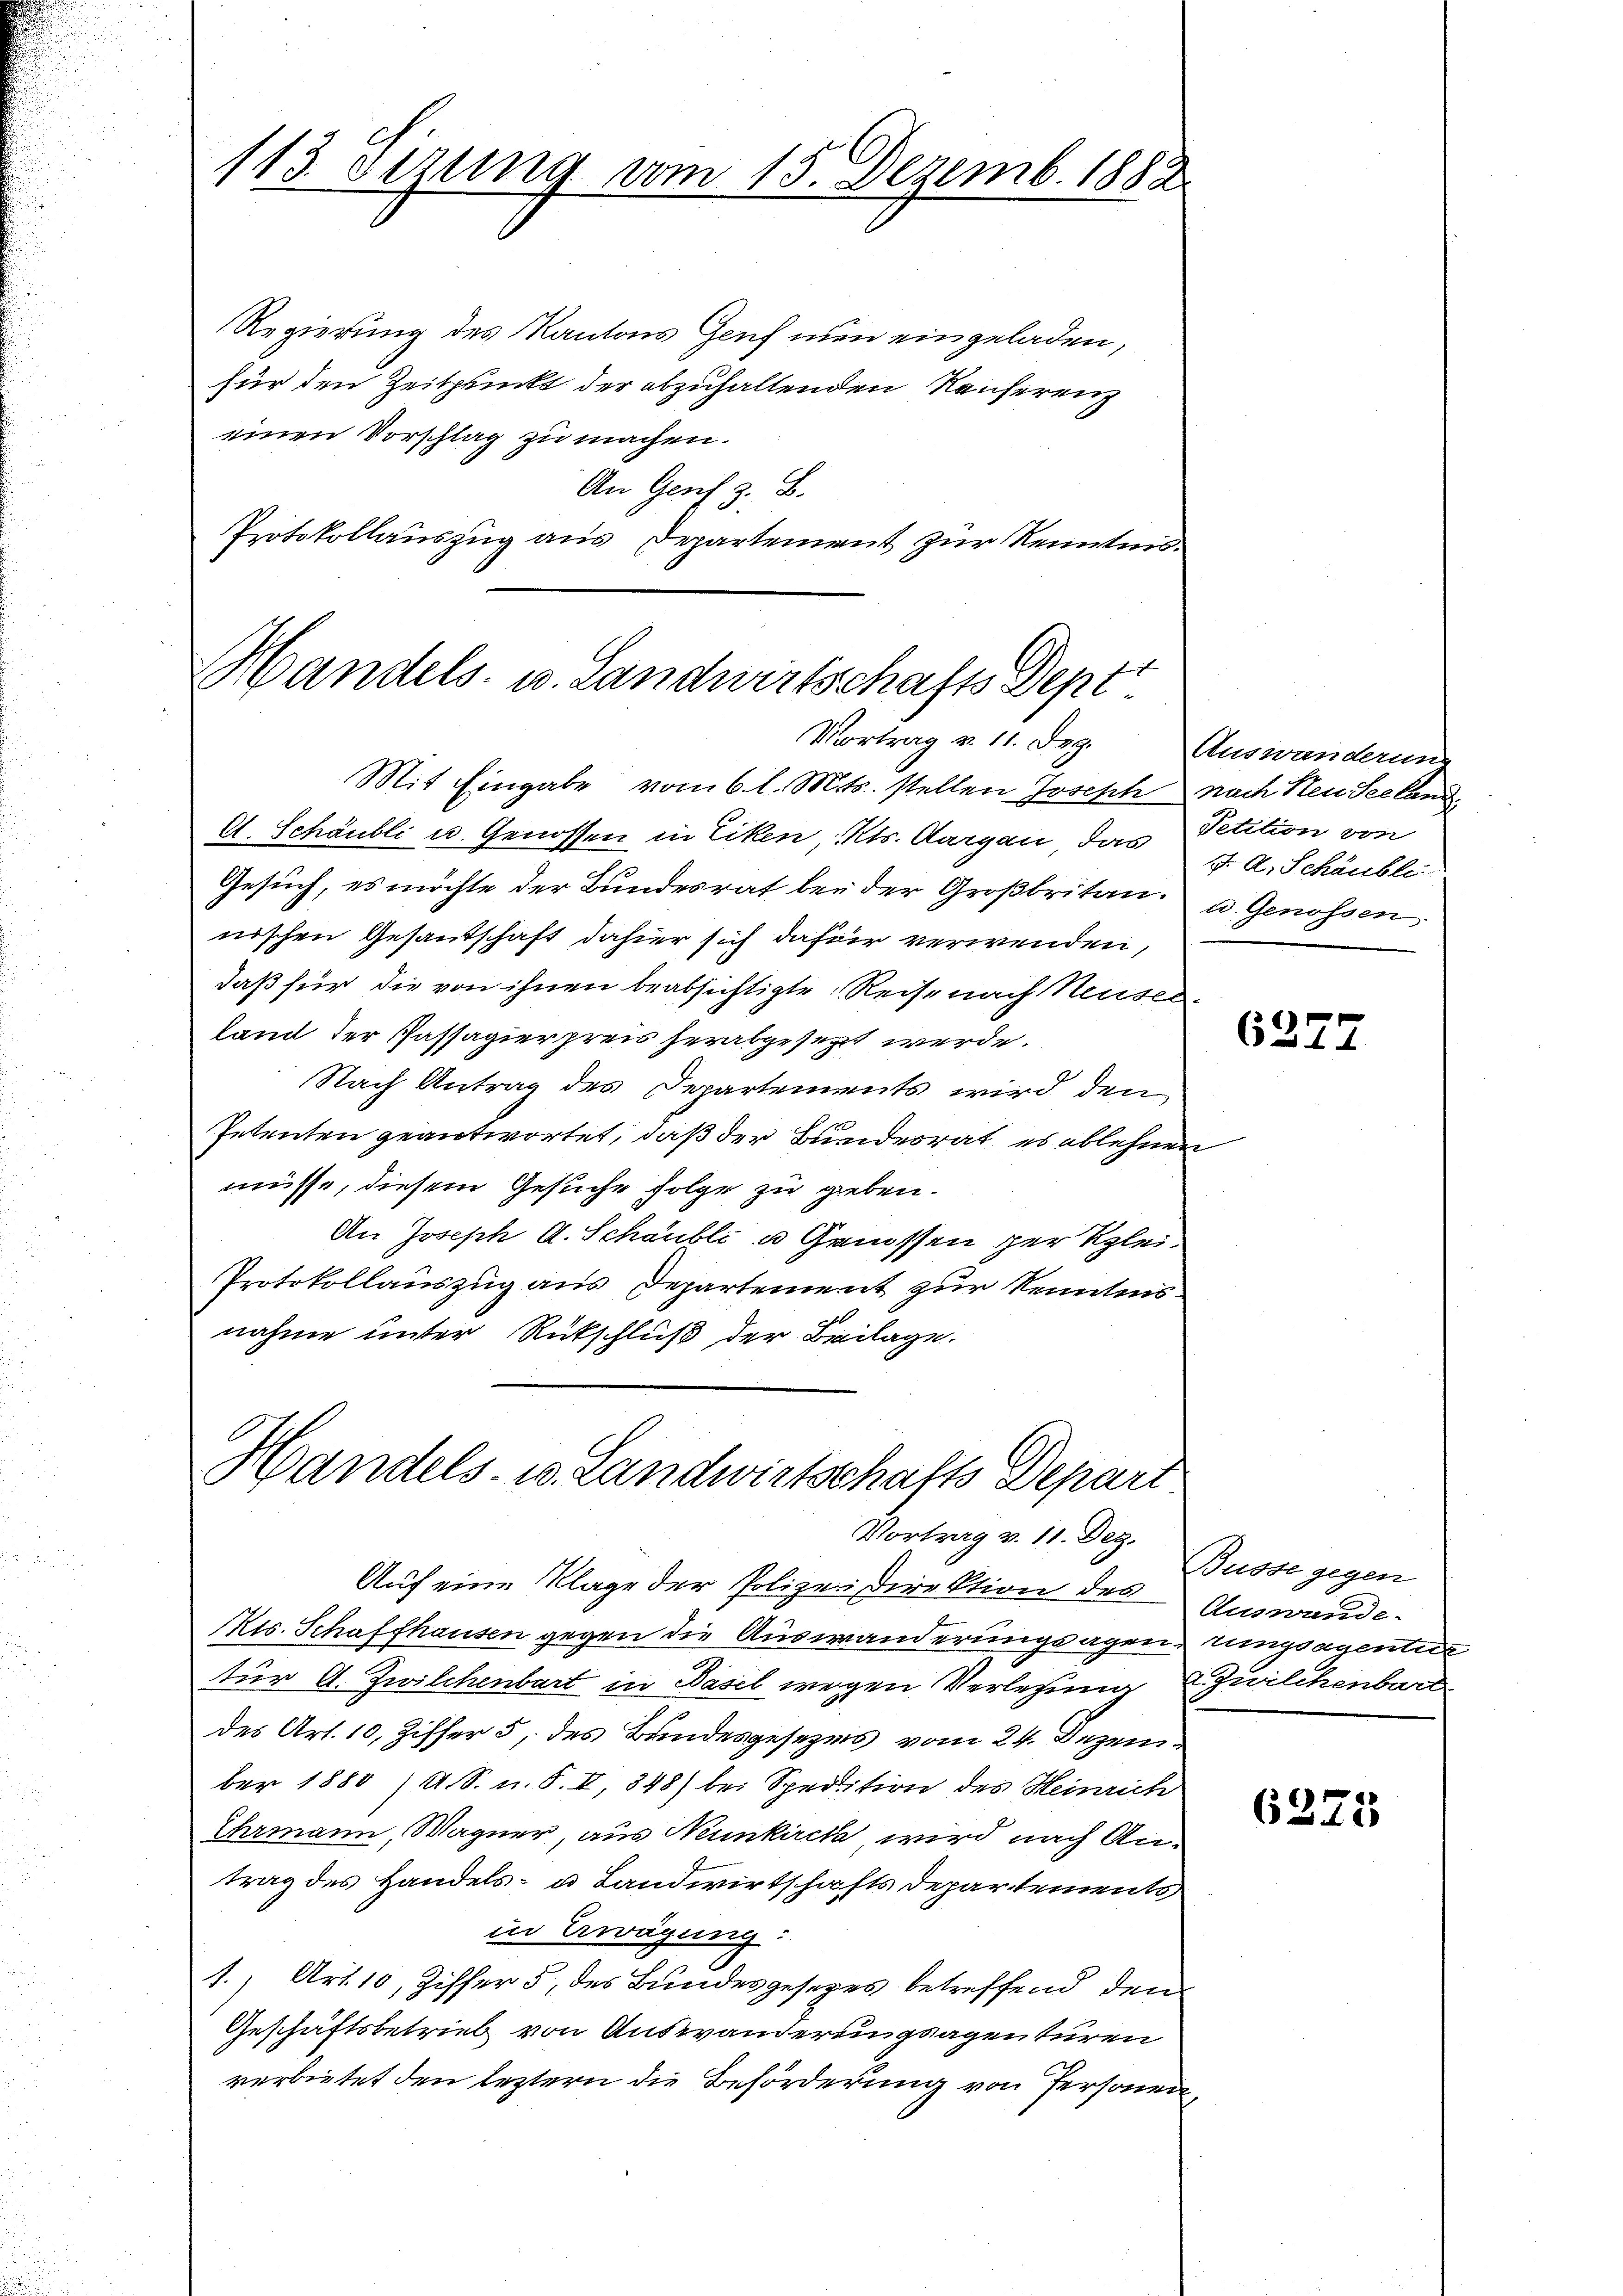
113. Sezung vom 15. Dezemb. 1882

Regierung des Kantons Genf nun eingeladen,
für den Zeitpunkt der abzuhaltenden Konferenz
einen Vorschlag zu machen.
An Genf z. B.
Protokollauszug aus Departement zur Kenntnis¬

Handels- u. Landwirtschafts Dept
Vortrag v. 11. Dez.

Mit Eingabe vom 6. l. Mts. stellen Joseph nach Neu Seeland
A. Schäubli u. Genossen in Liken Kts. Aargau das Petition von
Gesuch, es möchte der Bundesrat bei der Großbritan. a. Genossen
nischen Gesandschaft dahier sich dafür verwenden,
daß für die von ihnen beabsichtigte Reise nach Neuser.
land der Passagierpreis herabgesezt werde.
Nach Antrag des Departements wird den
Petenten geantwortet, daß der Bunderrat es ablehnen
müsse, diesem Gesuche Folge zu geben.
An Joseph A. Schaubli u Genossen zur Klei¬
Protokollauszug aus Departement zur Kenntnisnahme unter Rückschluß der Beilage.
Handels- u. Landwirtschafts Depart

Auf eine Klage der Polizeidirektion des
Rts. Schaffhausen gegen die Auswanderungsagen rungsagenties
tür A. Zwilchenbart in Basel wegen Verlegung Zwilchenbart
des Art. 10, Ziffer 5. des Bandesgesezes vom 24. Dezember 1880 /4 S. u. S. II, 348) bei Spedition des Heinrich
Ehrmann, Wagner, aus Neunkirch wird nach Antrag des Handels- u Landwirtschafts Departements
in Erwägung.
1.) Art. 10, Ziffer 5, des Bundesgesetzes betreffend den
Geschäftsbetrieb von Auswanderungsagen türen
verbietet den leztern die Beförderung von Personen,

Vortrag v. 11. Dez.

Auswanderung
J. A. Schäubli

6277

Busse gegen
Auswande.

6375